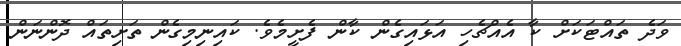
ވަދެ ތައްޓަކަށް ކާ އެއްޗެހި އަޅައިގެން ކާން ފެށީމެވެ. ކައިނިމިގެން ތަށިތައް ދޮންނަން